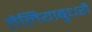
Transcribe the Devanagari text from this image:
तेलियाबुधरी